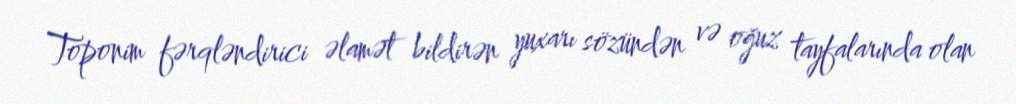
Toponim fərqləndirici əlamət bildirən yuxarı sözündən və oğuz tayfalarında olan